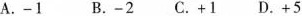
A.-1 B.-2 C.+1 D.+5